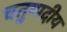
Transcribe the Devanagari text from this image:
चतुष्पदीय